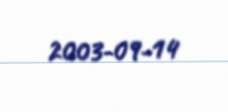
2003-09-14